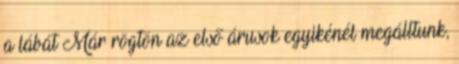
a lábát Már rögtön az első árusok egyikénél megálltunk,